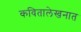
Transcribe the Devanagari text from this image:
कवितालेखनात